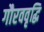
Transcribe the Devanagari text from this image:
गौरववृद्धि